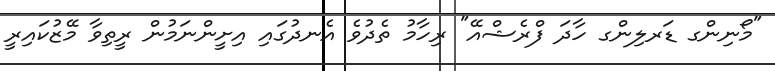
"މޯނިންގ ޑަރލިންގ ހާދަ ފްރެޝްއޭ" ރިހާމު ތެދުވެ އެނދުގައި އިށީންނަމުން ރީތިވާ މޭޒުކައިރީ